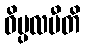
ဝိပ္ပလပီတိ